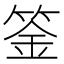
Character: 𥯀